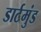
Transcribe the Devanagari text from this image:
डार्टमुंड